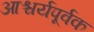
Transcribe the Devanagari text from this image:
आश्चर्यपूर्वक